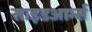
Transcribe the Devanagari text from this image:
साइडआर्म्स